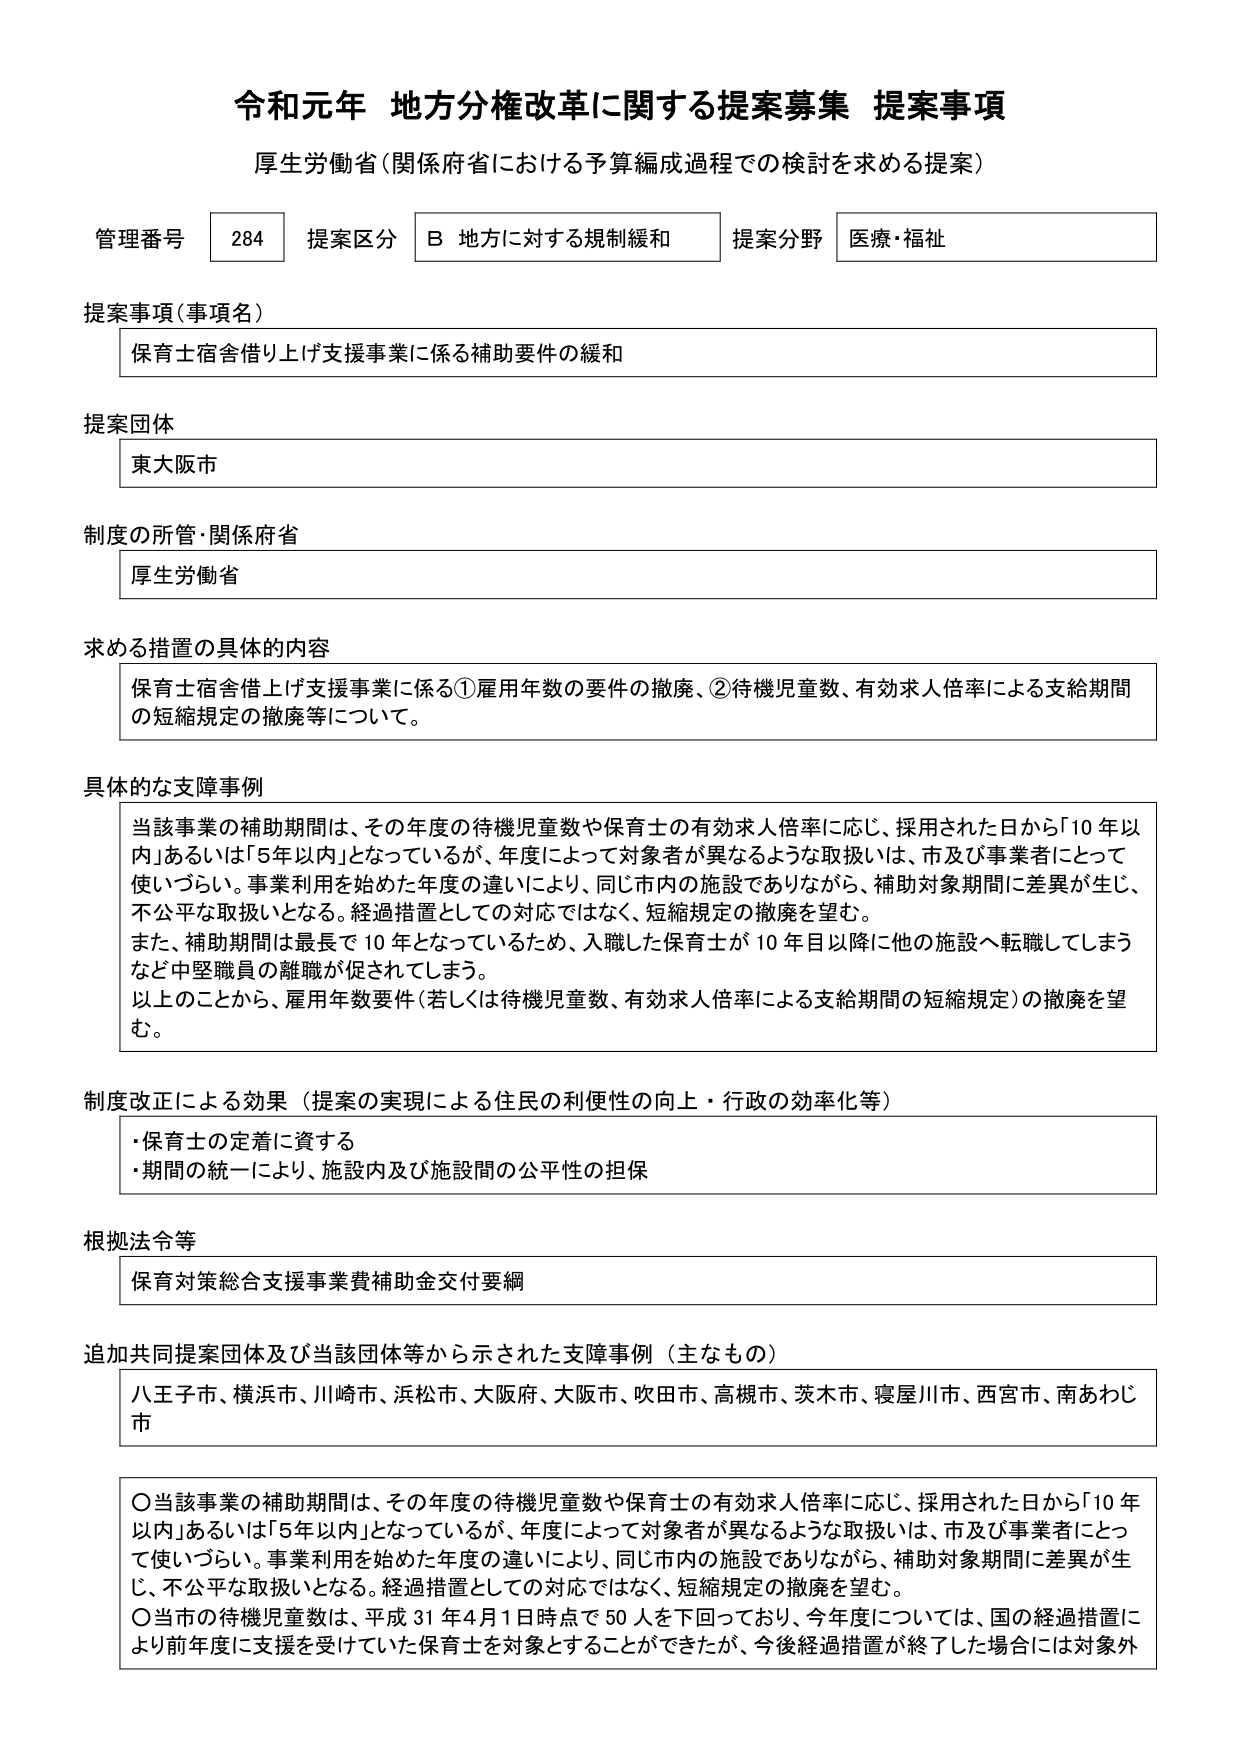
令和元年 地方分権改革に関する提案募集 提案事項
厚生労働省（関係府省における予算編成過程での検討を求める提案）

管理番号 284 提案区分 B 地方に対する規制緩和 提案分野 医療・福祉

提案事項（事項名）
保育士宿舎借り上げ支援事業に係る補助要件の緩和

提案団体
東大阪市

制度の所管・関係府省
厚生労働省

求める措置の具体的内容
保育士宿舎借上げ支援事業に係る①雇用年数の要件の撤廃、②待機児童数、有効求人倍率による支給期間の短縮規定の撤廃等について。

具体的な支障事例
当該事業の補助期間は、その年度の待機児童数や保育士の有効求人倍率に応じ、採用された日から「10年以内」あるいは「5年以内」となっているが、年度によって対象者が異なるような取扱いは、市及び事業者にとって使いづらい。事業利用を始めた年度の違いにより、同じ市内の施設でありながら、補助対象期間に差異が生じ、不公平な取扱いとなる。経過措置としての対応ではなく、短縮規定の撤廃を望む。
また、補助期間は最長で10年となっているため、入職した保育士が10年目以降に他の施設へ転職してしまうなど中堅職員の離職が促されてしまう。
以上のことから、雇用年数要件（若しくは待機児童数、有効求人倍率による支給期間の短縮規定）の撤廃を望む。

制度改正による効果（提案の実現による住民の利便性の向上・行政の効率化等）
・保育士の定着に資する
・期間の統一により、施設内及び施設間の公平性の担保

根拠法令等
保育対策総合支援事業費補助金交付要綱

追加共同提案団体及び当該団体等から示された支障事例（主なもの）
八王子市、横浜市、川崎市、浜松市、大阪府、大阪市、吹田市、高槻市、茨木市、寝屋川市、西宮市、南あわじ市

〇当該事業の補助期間は、その年度の待機児童数や保育士の有効求人倍率に応じ、採用された日から「10年以内」あるいは「5年以内」となっているが、年度によって対象者が異なるような取扱いは、市及び事業者にとって使いづらい。事業利用を始めた年度の違いにより、同じ市内の施設でありながら、補助対象期間に差異が生じ、不公平な取扱いとなる。経過措置としての対応ではなく、短縮規定の撤廃を望む。
〇当市の待機児童数は、平成31年4月1日時点で50人を下回っており、今年度については、国の経過措置により前年度に支援を受けていた保育士を対象とすることができたが、今後経過措置が終了した場合には対象外